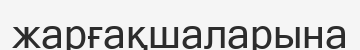
жарғақшаларына